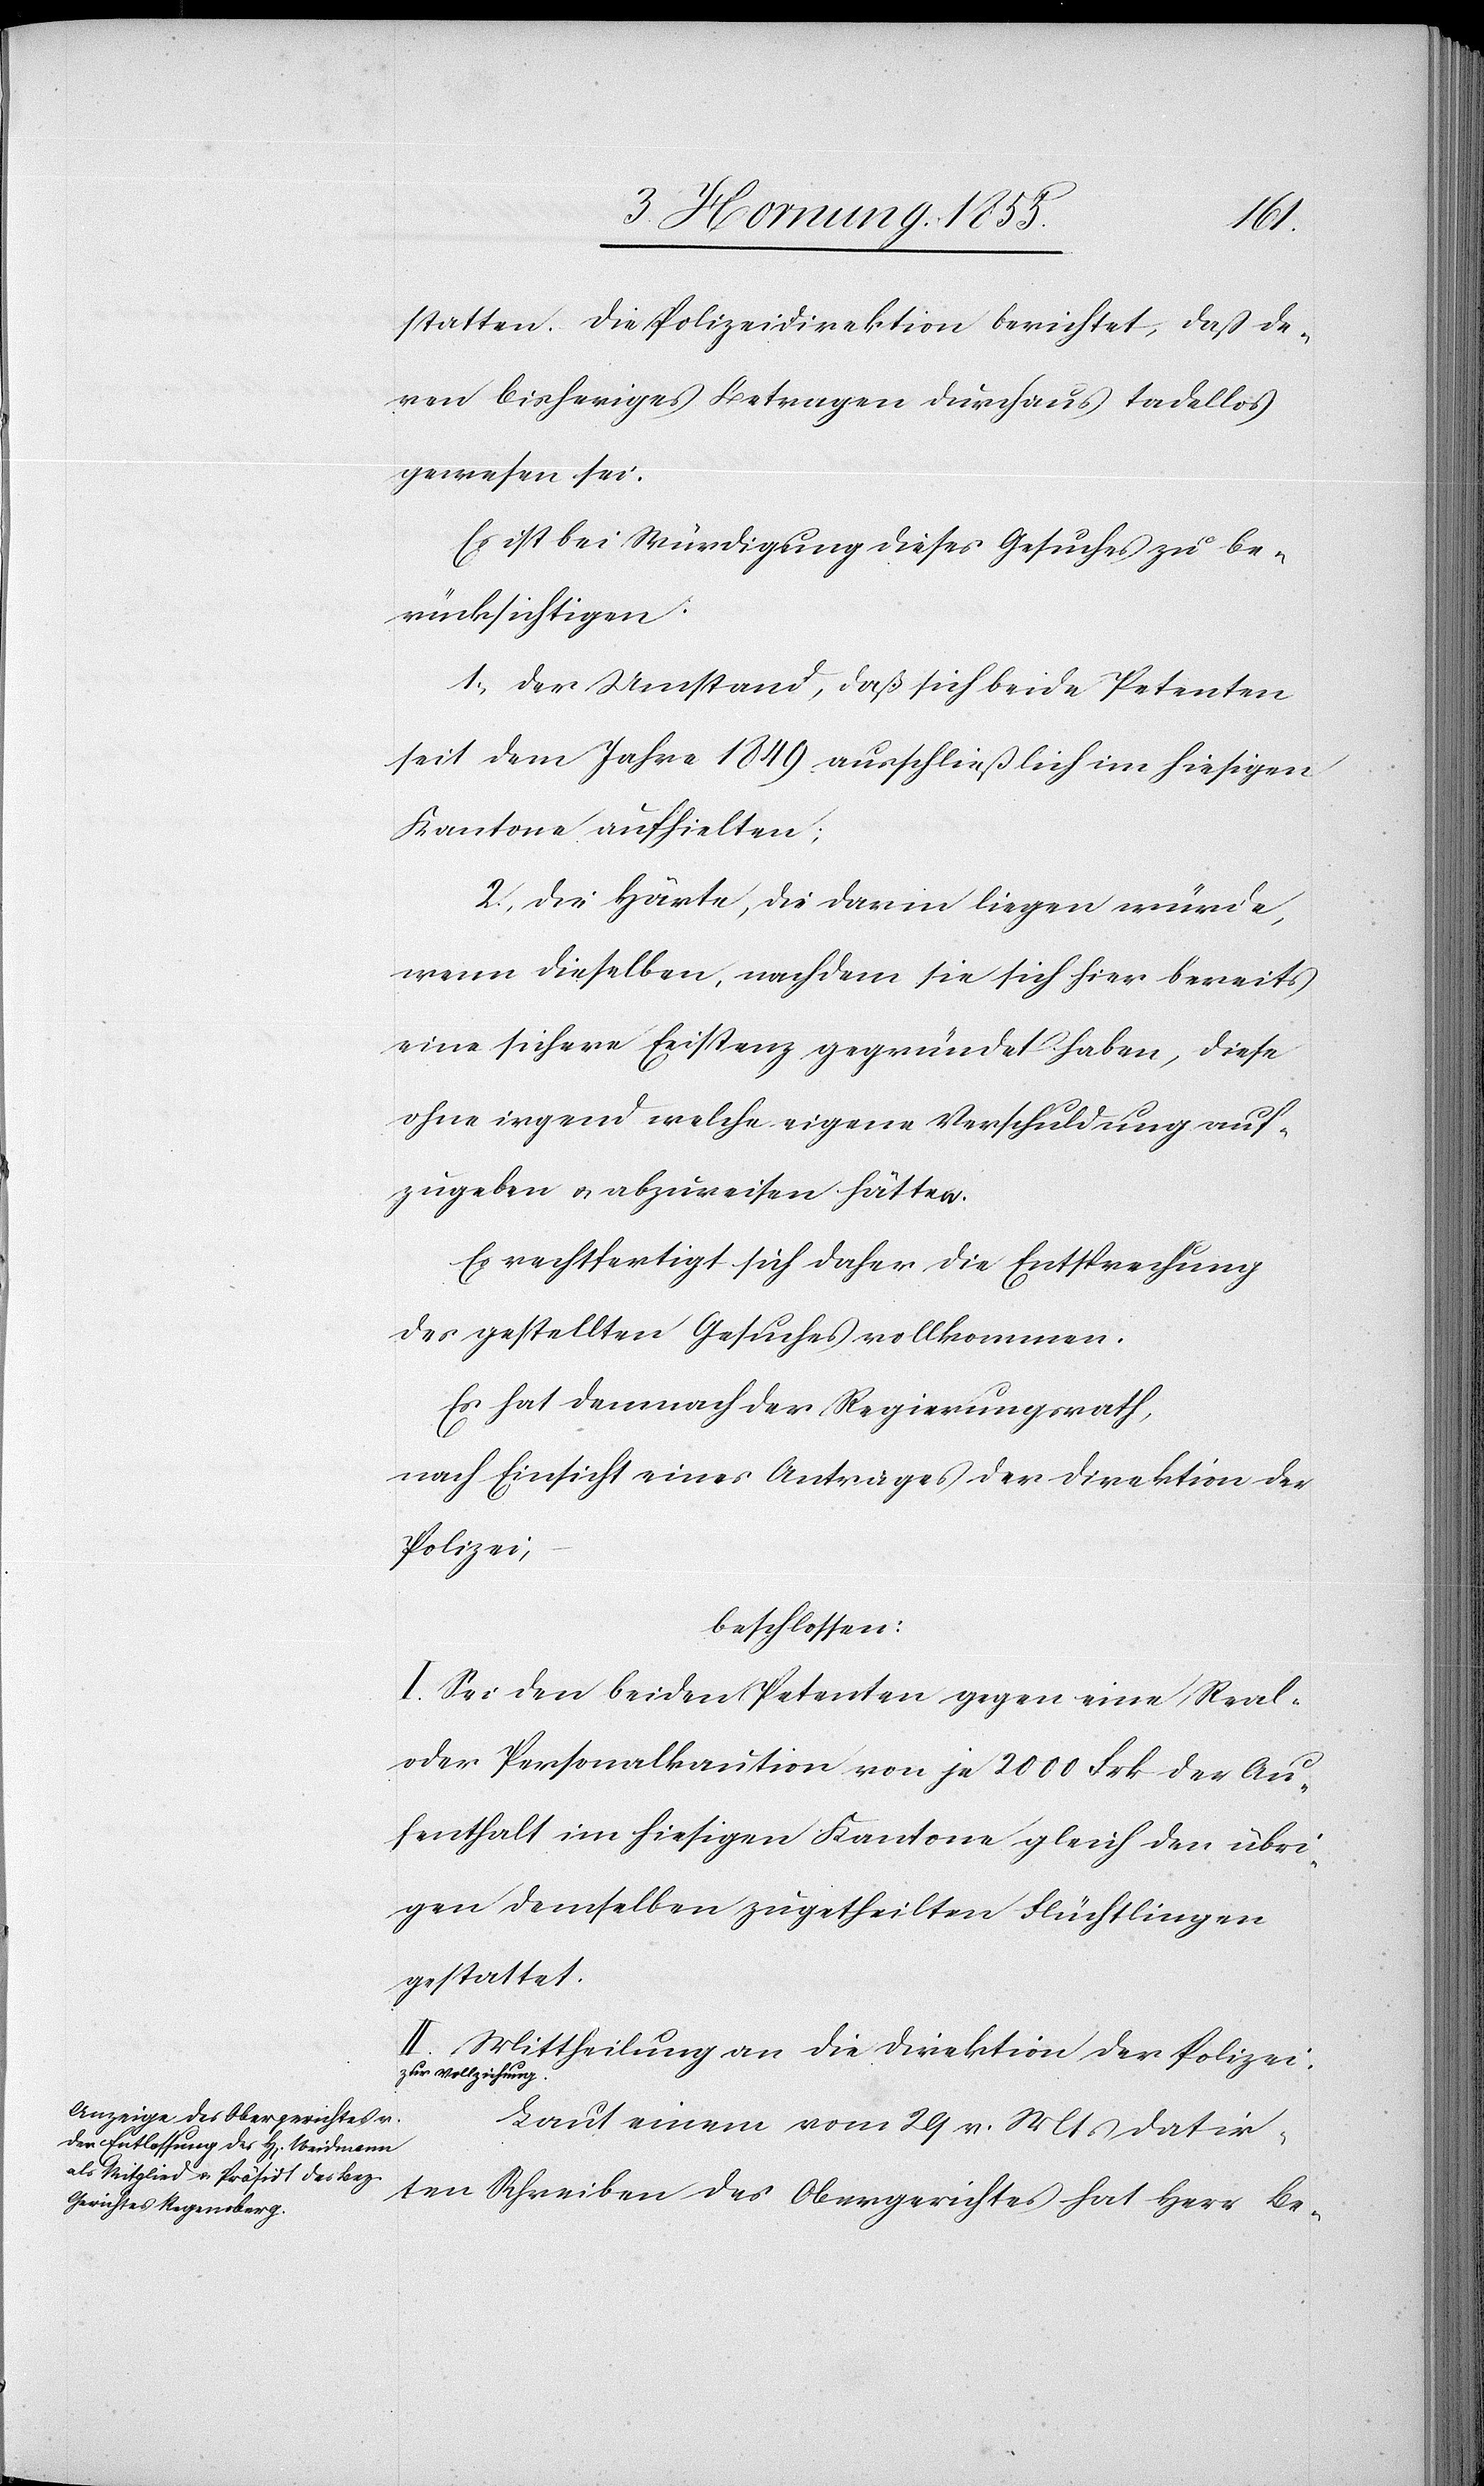
statten. Die Polizeidirektion berichtet, dass de¬
ren bisheriges Betragen durchaus tadellos
gewesen sei.
Es ist bei Würdigung dieses Gesuches zu be¬
rücksichtigen:
1, der Umstand, daß sich beide Petenten
seit dem Jahre 1849 ausschließlich im hiesigen
Kantone aufhielten;
2, die Härte, die darin liegen würde,
wenn dieselben, nachdem sie sich hier bereits
eine sichere Existenz gegründet haben, diese
ohne irgend welche eigene Verschuldung auf¬
zugeben & abzureisen hätten.
Es rechtfertigt sich daher die Entsprechung
des gestellten Gesuches vollkommen.
Es hat demnach der Regierungsrath,
nach Einsicht eines Antrages der Direktion der
Polizei,
beschlossen:
I. Sei den beiden Petenten gegen eine Real-
oder Personalkaution von je 2000 Frk der Au¬
fenthalt im hiesigen Kantone gleich den übri¬
gen demselben zugetheilten Flüchtlingen
gestattet.
II. Mittheilung an die Direktion der Polizei
zur Vollziehung.
Laut einem vom 29 v. Mts datir¬
ten Schreiben des Obergerichtes hat Herr Be-